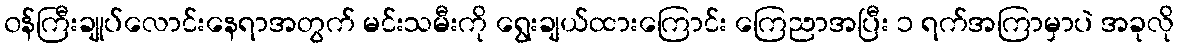
၀န်ကြီးချုပ်လောင်းနေရာအတွက် မင်းသမီးကို ရွေးချယ်ထားကြောင်း ကြေညာအပြီး ၁ ရက်အကြာမှာပဲ အခုလို